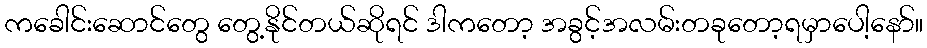
ကခေါင်းဆောင်တွေ တွေ့နိုင်တယ်ဆိုရင် ဒါကတော့ အခွင့်အလမ်းတခုတော့ရမှာပေါ့နော်။